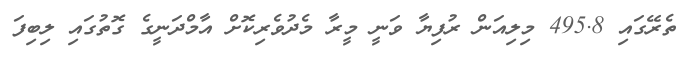
ތެރޭގައި 495.8 މިލިއަން ރުފިޔާ ވަނީ މީރާ މެދުވެރިކޮށް އާމްދަނީގެ ގޮތުގައި ލިބިފަ